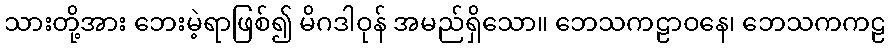
သားတို့အား ဘေးမဲ့ရာဖြစ်၍ မိဂဒါဝုန် အမည်ရှိသော။ ဘေသကဠာဝနေ၊ ဘေသကကဠ